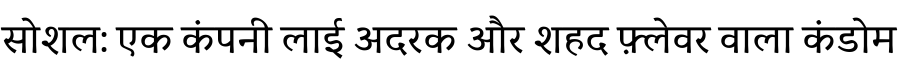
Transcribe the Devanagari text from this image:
सोशल: एक कंपनी लाई अदरक और शहद फ़्लेवर वाला कंडोम